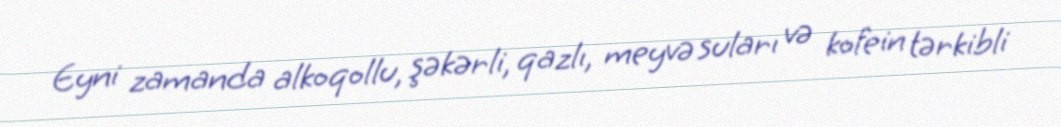
Eyni zamanda alkoqollu, şəkərli, qazlı, meyvə suları və kofein tərkibli